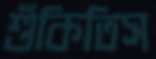
শুঁকিতিস